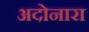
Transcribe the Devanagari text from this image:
अदोनारा